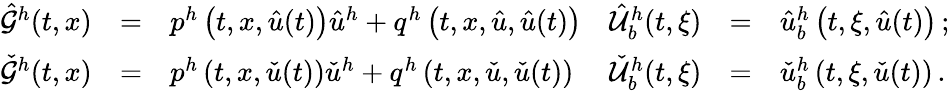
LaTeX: \begin{array}{rclrcl}{\hat{\mathcal{G}}^{h}(t,x)}&{=}&{p^{h}\left(t,x,\hat{u}(t)\right)\hat{u}^{h}+q^{h}\left(t,x,\hat{u},\hat{u}(t)\right)}&{\hat{\mathcal{U}}_{b}^{h}(t,\xi)}&{=}&{\hat{u}_{b}^{h}\left(t,\xi,\hat{u}(t)\right)\, ;}\\ {\check{\mathcal{G}}^{h}(t,x)}&{=}&{p^{h}\left(t,x,\check{u}(t)\right)\check{u}^{h}+q^{h}\left(t,x,\check{u},\check{u}(t)\right)}&{\check{\mathcal{U}}_{b}^{h}(t,\xi)}&{=}&{\check{u}_{b}^{h}\left(t,\xi,\check{u}(t)\right)\, .}\end{array}